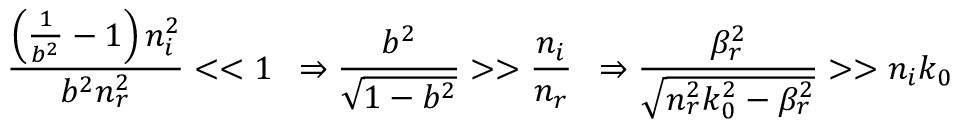
\frac { \left( \frac { 1 } { b ^ { 2 } } - 1 \right) n _ { i } ^ { 2 } } { b ^ { 2 } n _ { r } ^ { 2 } } < < 1 \, \, \, \Rightarrow \frac { b ^ { 2 } } { \sqrt { 1 - b ^ { 2 } } } > > \frac { n _ { i } } { n _ { r } } \, \, \, \Rightarrow \frac { \beta _ { r } ^ { 2 } } { \sqrt { n _ { r } ^ { 2 } k _ { 0 } ^ { 2 } - \beta _ { r } ^ { 2 } } } > > n _ { i } k _ { 0 }